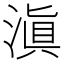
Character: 滇